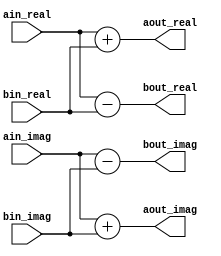
module radix2_butterfly
#(
    parameter DATA_WIDTH_IN = 10,
    parameter DATA_WIDTH_OUT = DATA_WIDTH_IN + 1
)(
    input  wire signed [DATA_WIDTH_IN-1:0]  ain_real,
    input  wire signed [DATA_WIDTH_IN-1:0]  ain_imag,
    input  wire signed [DATA_WIDTH_IN-1:0]  bin_real,
    input  wire signed [DATA_WIDTH_IN-1:0]  bin_imag,
    output wire signed [DATA_WIDTH_OUT-1:0] aout_real,
    output wire signed [DATA_WIDTH_OUT-1:0] aout_imag,
    output wire signed [DATA_WIDTH_OUT-1:0] bout_real,
    output wire signed [DATA_WIDTH_OUT-1:0] bout_imag
);

assign aout_real = ain_real + bin_real;
assign aout_imag = ain_imag + bin_imag;

assign bout_real = ain_real - bin_real;
assign bout_imag = ain_imag - bin_imag;

endmodule